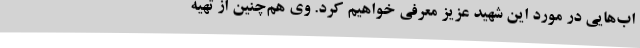
اب‌هایی در مورد این شهید عزیز معرفی خواهیم کرد. وی هم‌چنین از تهیه